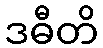
ဒဓီတိ